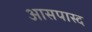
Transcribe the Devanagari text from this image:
आसपास्द